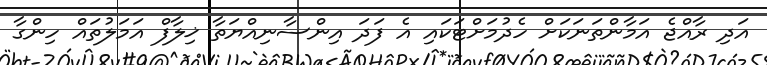
އަދި ރާއްޖެ އަމާންތަނަކަށް ހެދުމަށްޓަކައި އެ ފަދަ އިންސާނިއްޔަތާ ޚިލާފް އަމަލުތައް ހިންގާ